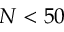
N < 5 0